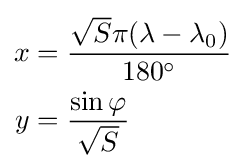
{\begin{aligned}x&={\frac {{\sqrt {S}}\pi (\lambda -\lambda _{0})}{180^{\circ }}}\\y&={\frac {\sin \varphi }{\sqrt {S}}}\end{aligned}}